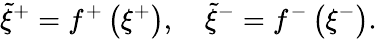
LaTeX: \tilde{\xi}^{+}=f^{+}\left(\xi^{+}\right),\quad\tilde{\xi}^{-}=f^{-}\left(\xi^{-}\right).